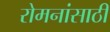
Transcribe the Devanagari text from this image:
रोमनांसाठी